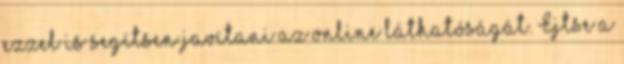
ezzel is segítsen javítani az online láthatóságát. Ejtse a